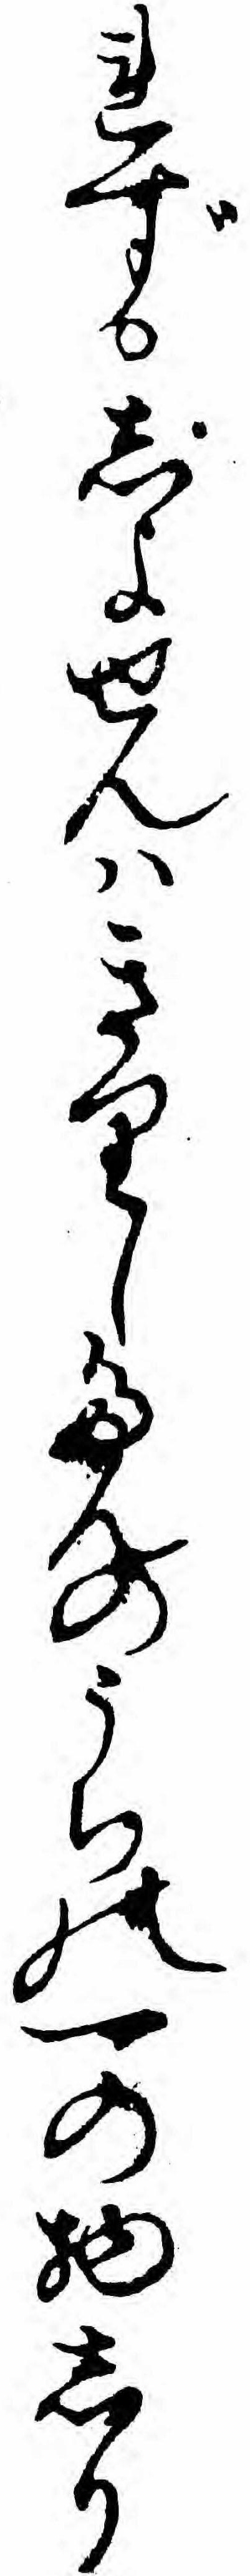
れずしよせんハきりしたんのうちの一の物しり